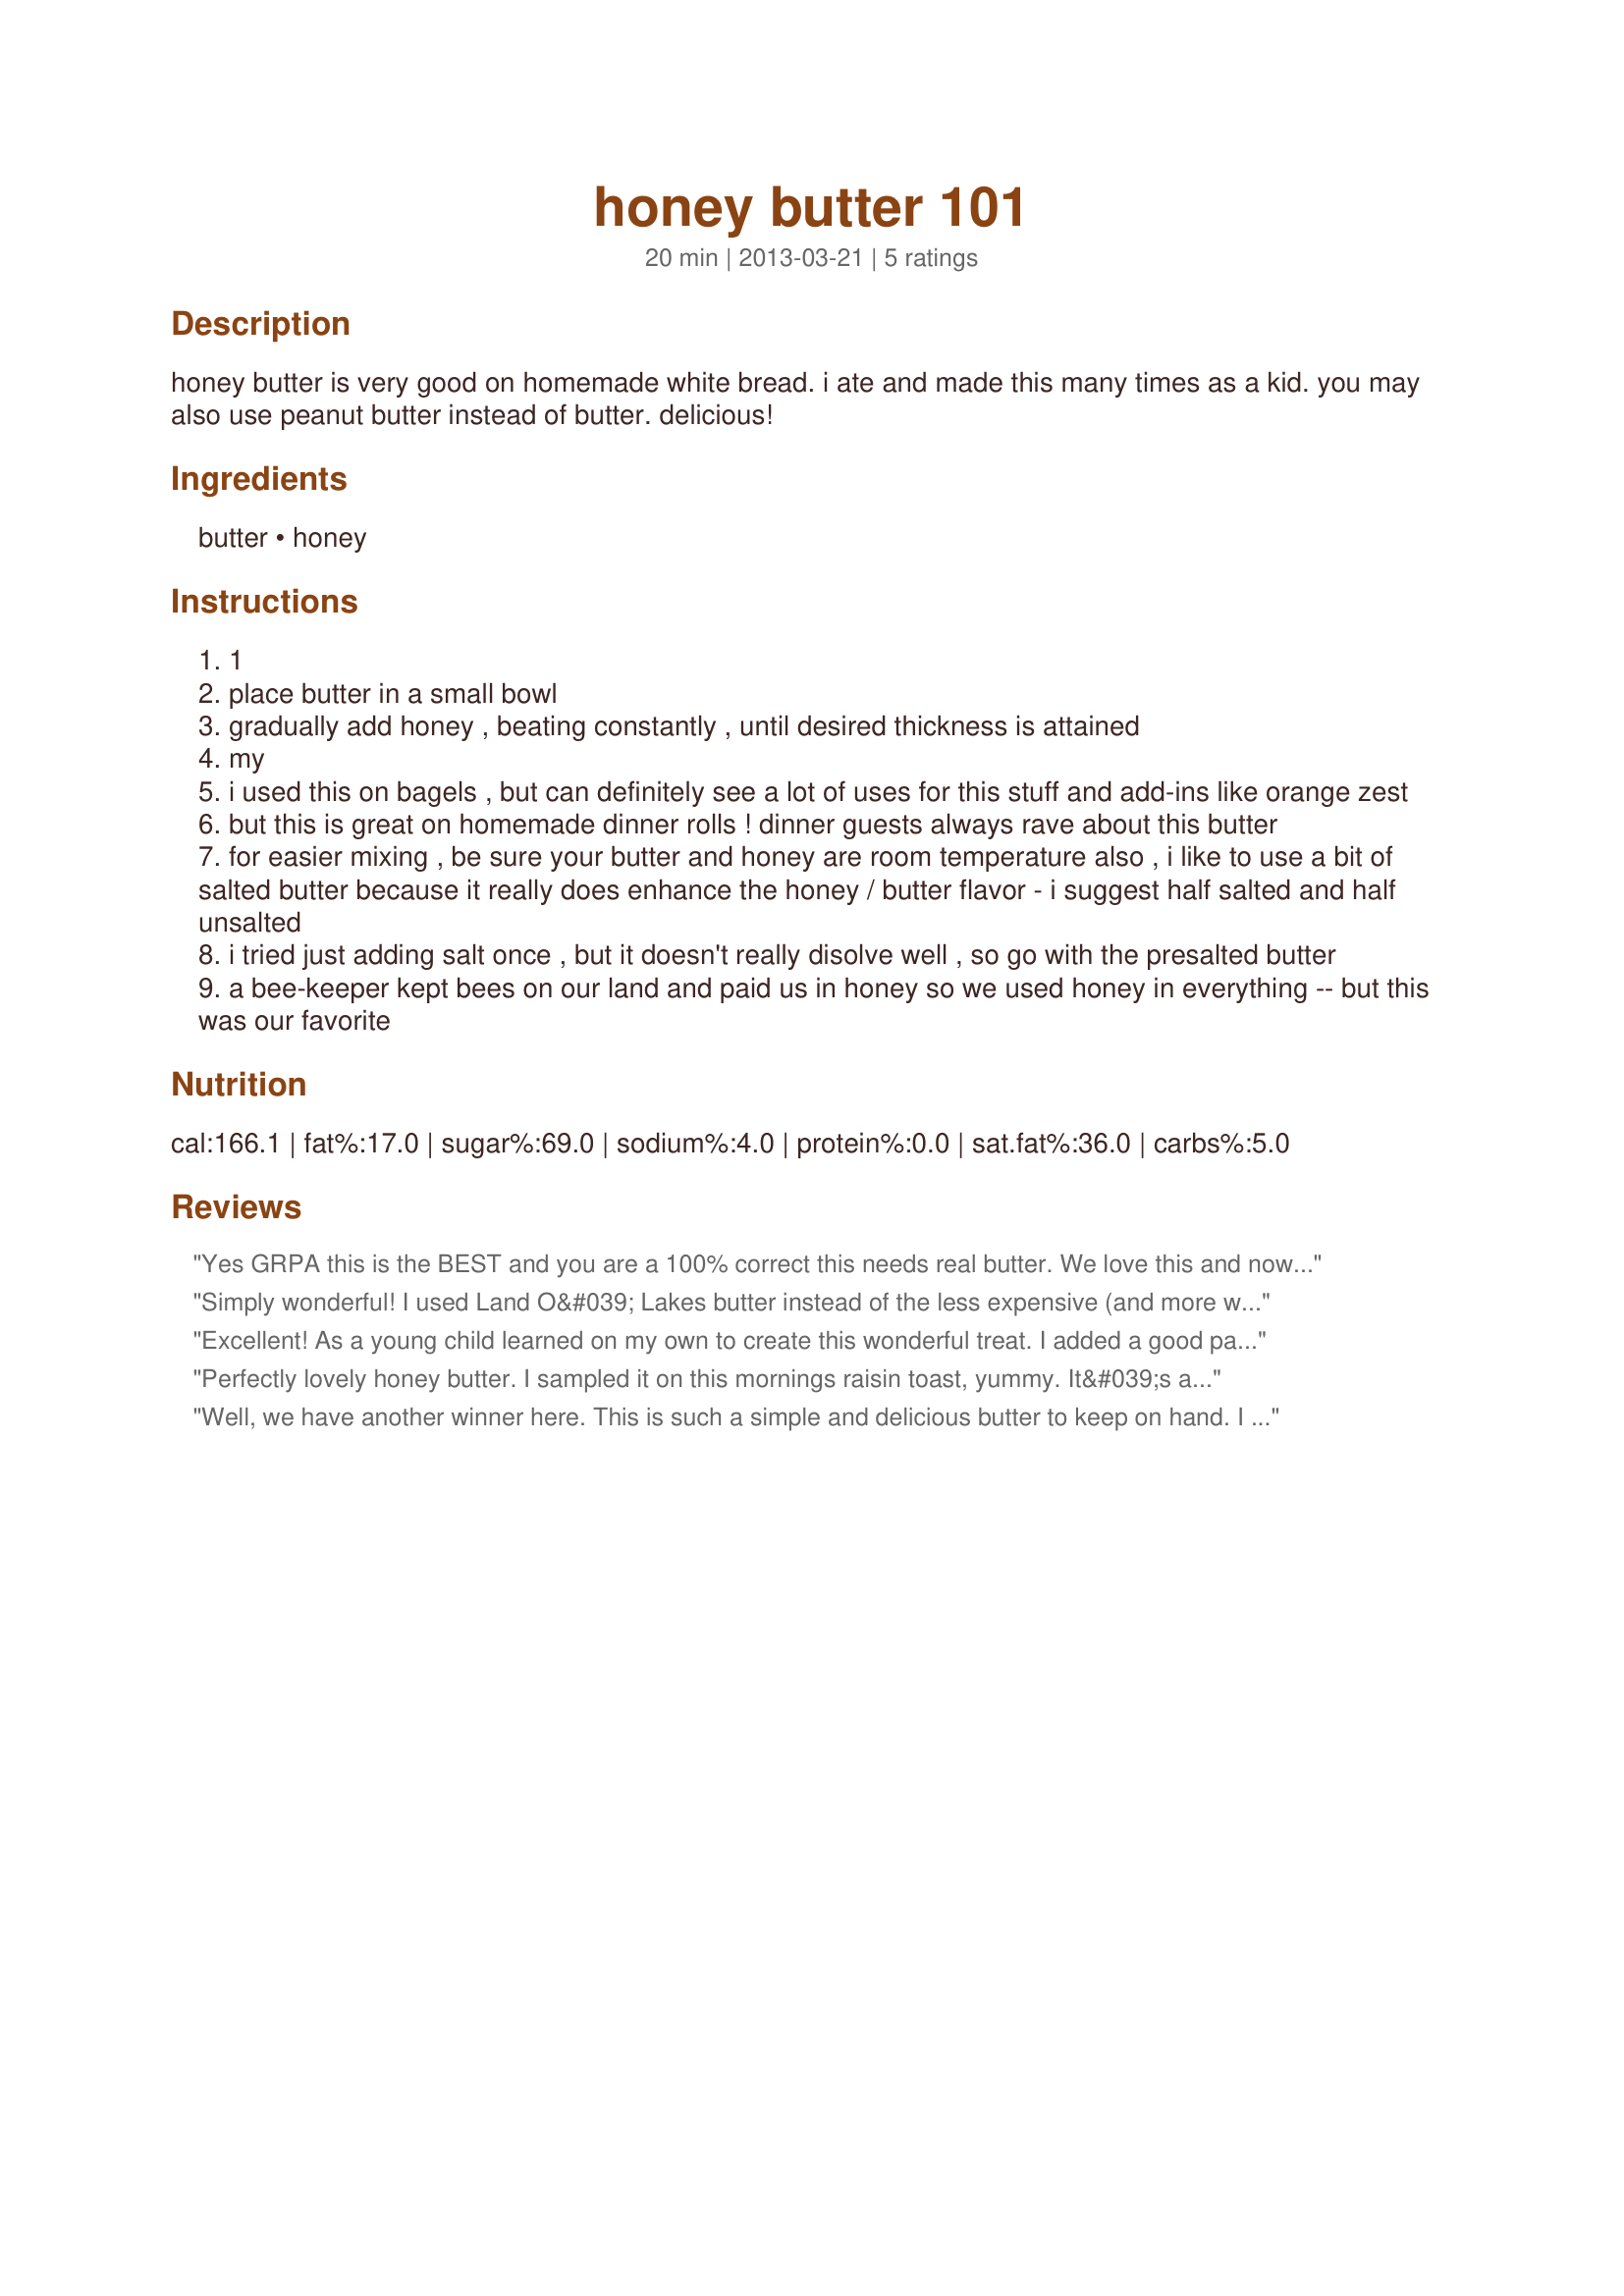
honey butter 101
Preparation time: 20 minutes

honey butter is very good on homemade white bread. i ate and made this many times as a kid. you may also use peanut butter instead of butter. delicious!

Ingredients:
butter, honey

Steps:
1
place butter in a small bowl
gradually add honey , beating constantly , until desired thickness is attained
my
i used this on bagels , but can definitely see a lot of uses for this stuff and add-ins like orange zest
but this is great on homemade dinner rolls ! dinner guests always rave about this butter
for easier mixing , be sure your butter and honey are room temperature also , i like to use a bit of salted butter because it really does enhance the honey / butter flavor - i suggest half salted and half unsalted
i tried just adding salt once , but it doesn't really disolve well , so go with the presalted butter
a bee-keeper kept bees on our land and paid us in honey so we used honey in everything -- but this was our favorite

Reviews:
Yes GRPA this is the BEST and you are a 100% correct this needs real butter. We love this and now I know my grandmothers secret she used real butter (mom always used margarine and it was never the same). Thanks for the great post.
Simply wonderful! I used Land O&#039; Lakes butter instead of the less expensive (and more watery) no-name brand. (America&#039;s Test Kitchen Cooking School Cookbook says the no-names have the minimum amount of butter fat, but said L.O.L. was quite good so there was no need to pay exorbitant prices for &quot;gourmet&quot; butter.) I used regular clover honey, but will use orange-blossom honey next time. I whipped this in my stand mixer. It was soft enough that I should have pulled out a pastry bag with star tip or a spritz cookie press to make fancy individual butter servings (chilled in the freezer) for a holiday dinner. Guess I&#039;ll have to make some more... Made for Please Review My Recipe tag game.
Excellent! As a young child learned on my own to create this wonderful treat. I added a good pat of real butter, hand made by my grandmother from her &quot;milk cow&quot;, to a ? couple of ounces of honey, or sometimes sorghum syrup, taking my fork to the pat of butter and mashing on one side, then the other then stirring and incorporating it until it resembled a creamy dreamy concoction that was just this side of heaven good. Thanks GRPA for the memories your recipe conjured up! Will have to revisit this soon, its been a long time.
Perfectly lovely honey butter. I sampled it on this mornings raisin toast, yummy. It&#039;s a classic, so smooth, creamy and delicious. I&#039;ll be using more of it tonight in mashed carrots and I know that it will marvelous.
Well, we have another winner here. This is such a simple and delicious butter to keep on hand. I originally made it to try on Recipe #503887, but found that the combination was just a bit too sweet for me. I think this would be lovely with plain rolls, toast or even on a stack of pancakes. I will definitely make this again, but to use elsewhere. I normally keep margarine in the fridge for pan frying and misc... but I did use real butter for this (and I only use real butter when I think a recipe deserves it). This recipe definitely deserves the little extra cost of using real butter. I can&#039;t wait to use it again. Super simple (2 ingredients)... I can&#039;t believe I never thought of doing this. Thank you for posting. (Made for PRMR)
